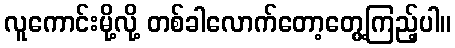
လူကောင်းမို့လို့ တစ်ခါလောက်တော့တွေ့ကြည့်ပါ။